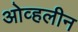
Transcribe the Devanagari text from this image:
ओव्हलीन